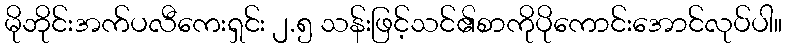
မိုဘိုင်းအက်ပလီကေးရှင်း ၂.၅ သန်းဖြင့်သင်၏စာကိုပိုကောင်းအောင်လုပ်ပါ။